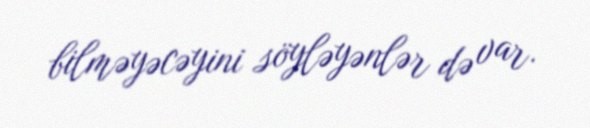
bilməyəcəyini söyləyənlər də var.